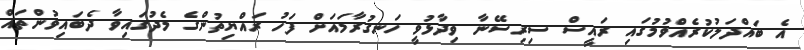
އެ ބައްދަލުކުރެއްވުމުގައި ރައީސް ސިރިސޭނާ ވިދާޅުވީ ހަނގުރާމައަށް ފަހު ރައްޔިތުންގެ މެދުގައިވާ ދެބައިވުންތައް